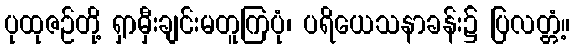
ပုထုဇဉ်တို့ ရှာမှီးချင်းမတူကြပုံ၊ ပရိယေသနာခန်း၌ ပြလတ္တံ့။